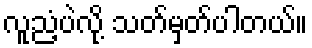
လူညံ့ပဲလို့ သတ်မှတ်ပါတယ်။